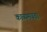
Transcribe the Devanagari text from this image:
काव्यमयता